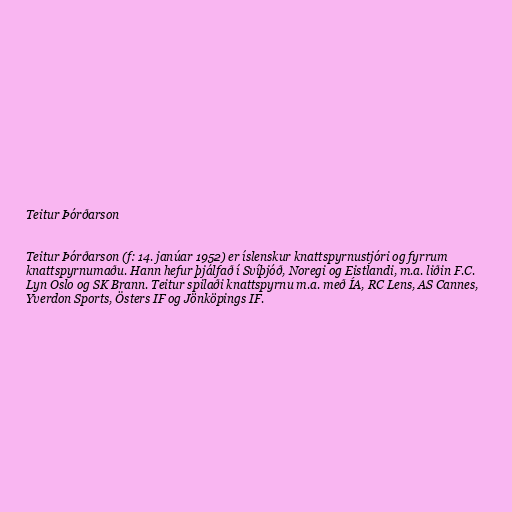
Teitur Þórðarson

Teitur Þórðarson (f: 14. janúar 1952) er íslenskur knattspyrnustjóri og fyrrum
knattspyrnumaðu. Hann hefur þjálfað í Svíþjóð, Noregi og Eistlandi, m.a. liðin F.C.
Lyn Oslo og SK Brann. Teitur spilaði knattspyrnu m.a. með ÍA, RC Lens, AS Cannes,
Yverdon Sports, Östers IF og Jönköpings IF.